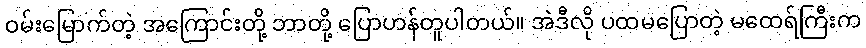
ဝမ်းမြောက်တဲ့ အကြောင်းတို့ ဘာတို့ ပြောဟန်တူပါတယ်။ အဲဒီလို ပထမပြောတဲ့ မထေရ်ကြီးက